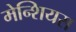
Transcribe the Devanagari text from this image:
मेन्शियस